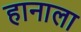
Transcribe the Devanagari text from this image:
हानाला